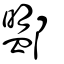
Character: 𨞚